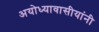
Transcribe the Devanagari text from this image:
अयोध्यावासीयांनी